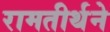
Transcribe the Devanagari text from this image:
रामतीर्थने